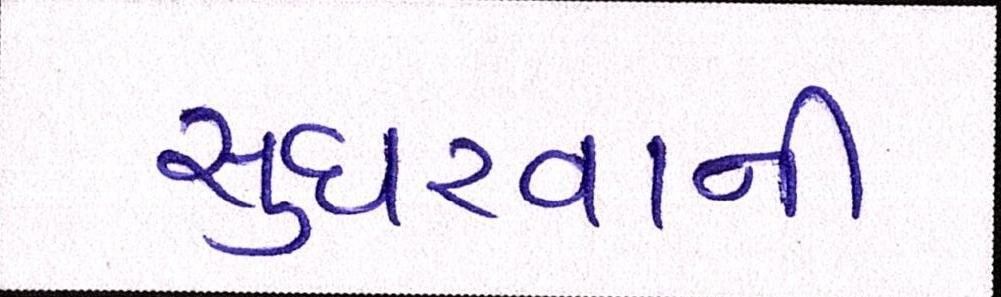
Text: સુધરવાની